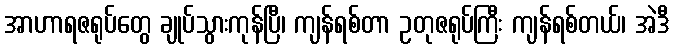
အာဟာရဇရုပ်တွေ ချုပ်သွားကုန်ပြီ၊ ကျန်ရစ်တာ ဥတုဇရုပ်ကြီး ကျန်ရစ်တယ်၊ အဲဒီ